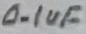
Text: 0.1uF